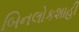
બિનલોકશાહી